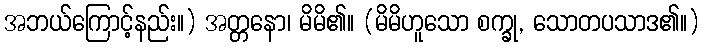
အဘယ်ကြောင့်နည်း။) အတ္တနော၊ မိမိ၏။ (မိမိဟူသော စက္ခု, သောတပသာဒ၏။)